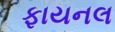
ફાયનલ